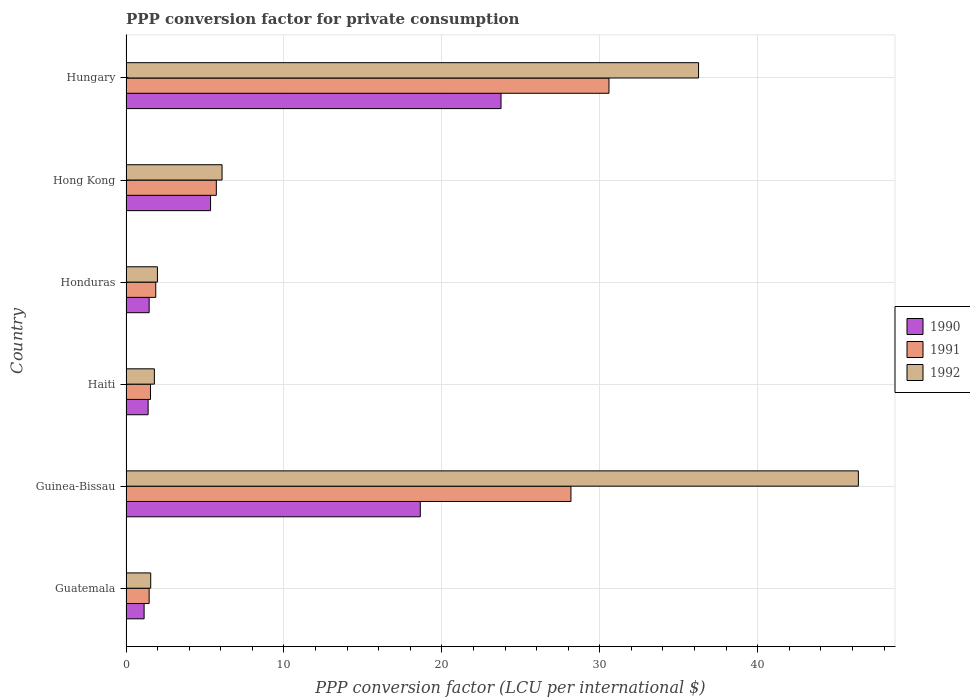
| Country | 1990 | 1991 | 1992 |
 | --- | --- | --- | --- |
 | Guatemala | 1.15 | 1.46 | 1.56 |
 | Guinea-Bissau | 18.6 | 28.2 | 46.4 |
 | Haiti | 1.4 | 1.55 | 1.8 |
 | Honduras | 1.47 | 1.88 | 1.99 |
 | Hong Kong | 5.35 | 5.72 | 6.08 |
 | Hungary | 23.7 | 30.6 | 36.3 |